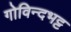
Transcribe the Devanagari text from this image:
गोविन्दभट्ट